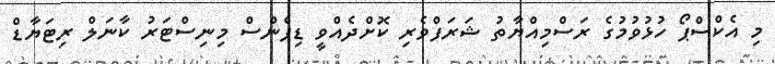
މި އެކްސްޕޯ ހުޅުވުމުގެ ރަސްމިއްޔާތު ޝަރަފްވެރި ކޮށްދެއްވީ ޑިފެންސް މިނިސްޓަރު ކާނަލް ރިޓަޔާޑް